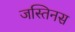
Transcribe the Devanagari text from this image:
जस्तिनस